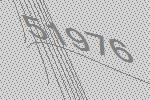
51976